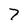
Character: 7